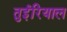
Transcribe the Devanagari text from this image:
तुईरियाल